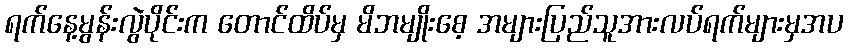
ရက်နေ့မွန်းလွဲပိုင်းက တောင်ထိပ်မှ မိဘမျိုးစေ့ အများပြည်သူအားလပ်ရက်များမှအပ